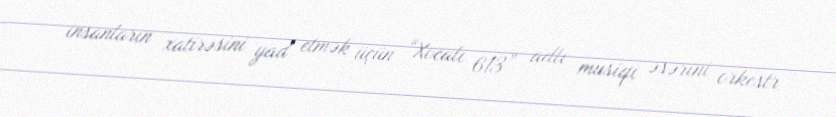
insanların xatirəsini yad etmək üçün “Xocalı 613” adlı musiqi əsərini orkestr